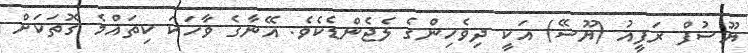
ޔޫސުފް ރަފީއު (ޔޫސޭ) އަކީ ދިވެހިންގެ ލެޖެންޑެކެވެ. އޭނާގެ ވާހަކަ ކިތައްމެ ގޮތަކަށް